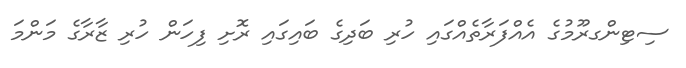
ސިޓިންގރޫމުގެ އެއްފަރާތެއްގައި ހުރި ބަދިގެ ބައިގައި ރޮށި ފިހަން ހުރި ޒާރާގެ މަންމަ